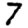
Digit: 7